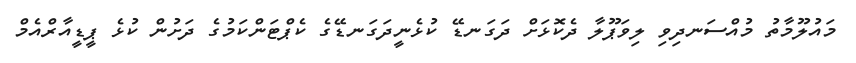
މައުލޫމާތު މުއްސަނދިވި ލިވަޕޫލާ ދެކޮޅަށް ދަގަނޑޭ ކުޅެނީދަގަނޑޭގެ ކެޕްޓަންކަމުގެ ދަށުން ކުޅެ ޕީޑީއާރްއެމް